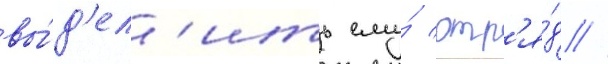
вы́д'ел'ить ему́ отр'я́д //